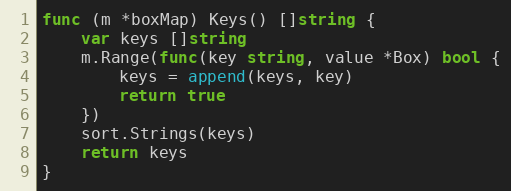
Language: Go
func (m *boxMap) Keys() []string {
	var keys []string
	m.Range(func(key string, value *Box) bool {
		keys = append(keys, key)
		return true
	})
	sort.Strings(keys)
	return keys
}